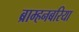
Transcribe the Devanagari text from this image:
ब्राम्हनबरिया